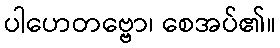
ပါဟေတဗ္ဗော၊ စေအပ်၏။